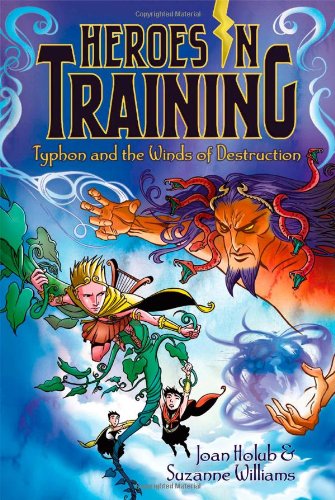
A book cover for Typhon and the Winds of Destruction (Heroes in Training); Joan Holub; Children's Books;